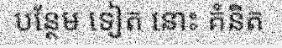
បន្ថែម ទៀត នោះ គំនិត